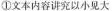
①文本内容讲究以小见大